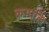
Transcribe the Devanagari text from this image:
कम्पलि